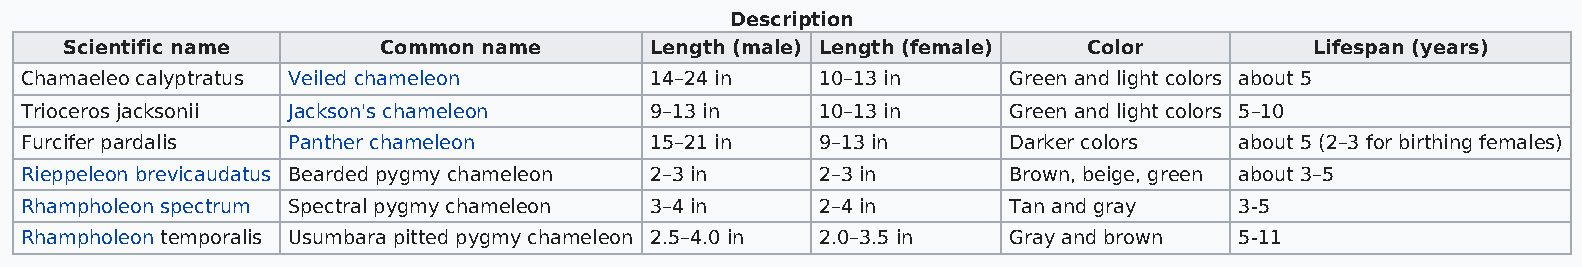
Description
 Scientific name      Common name       Length (male) Length (female) Color         Lifespan (years)
 Chamaeleo calyptratus Veiled chameleon    14–24 in   10–13 in     Green and light colors about 5
 Trioceros jacksonii Jackson's chameleon   9–13 in    10–13 in     Green and light colors 5–10
 Furcifer pardalis Panther chameleon       15–21 in   9–13 in      Darker colors  about 5 (2–3 for birthing females)
 Rieppeleon brevicaudatus Bearded pygmy chameleon 2–3 in 2–3 in    Brown, beige, green about 3–5
 Rhampholeon spectrum Spectral pygmy chameleon 3–4 in 2–4 in       Tan and gray   3-5
 Rhampholeon temporalis Usumbara pitted pygmy chameleon 2.5–4.0 in 2.0–3.5 in Gray and brown 5-11